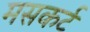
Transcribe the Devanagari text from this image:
मसकर्ट